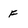
Character: f